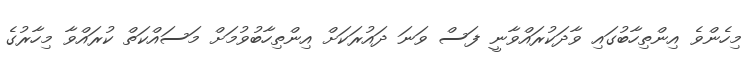
މިހެންވެ އިންތިހާބުގައި ވާދަކުރައްވާނީ ފަސް ވަނަ ދައުރަކަށް އިންތިހާބުވުމަށް މަސައްކަތް ކުރައްވާ މިހާރުގެ